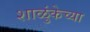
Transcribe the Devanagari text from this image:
शाळुंकेच्या